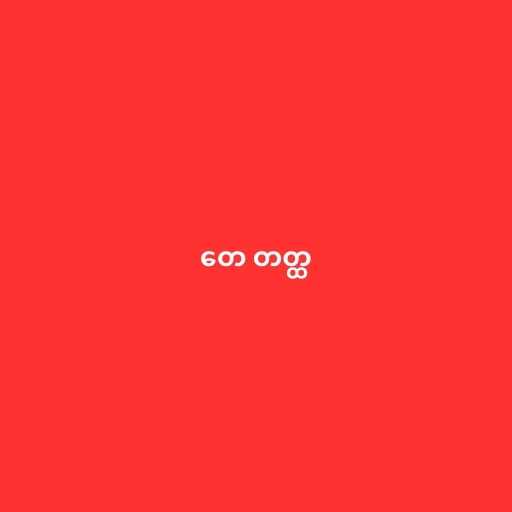
တေ တတ္ထ